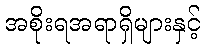
အစိုးရအရာရှိများနှင့်